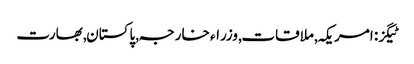
ٹیگز: امریکہ , ملاقات , وزراء خارجہ , پاکستان , بھارت